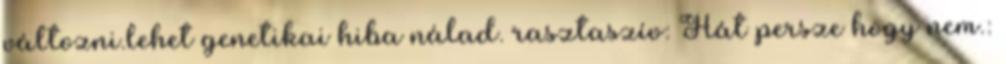
változni.lehet genetikai hiba nálad. rasztaszív: Hát persze hogy nem.: